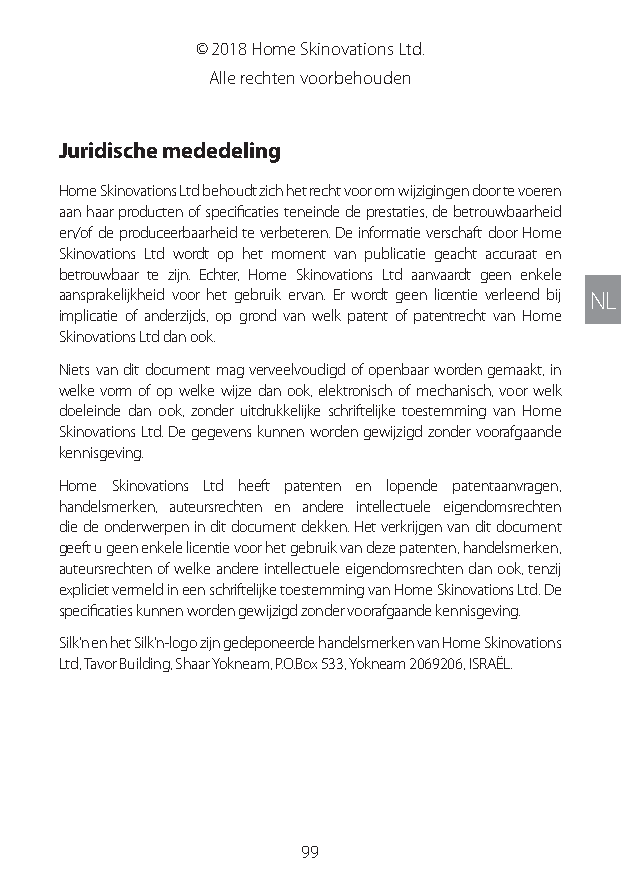
© 2018 Home Skinovations Ltd.
 Alle rechten voorbehouden
 Juridische mededeling
 Home Skinovations Ltd behoudt zich het recht voor om wijzigingen door te voeren
 aan haar producten of specificaties teneinde de prestaties, de betrouwbaarheid
 en/of de produceerbaarheid te verbeteren. De informatie verschaft door Home
 Skinovations Ltd wordt op het moment van publicatie geacht accuraat en
 betrouwbaar te zijn. Echter, Home Skinovations Ltd aanvaardt geen enkele
 aansprakelijkheid voor het gebruik ervan. Er wordt geen licentie verleend bij NL
 implicatie of anderzijds, op grond van welk patent of patentrecht van Home
 Skinovations Ltd dan ook.
 Niets van dit document mag verveelvoudigd of openbaar worden gemaakt, in
 welke vorm of op welke wijze dan ook, elektronisch of mechanisch, voor welk
 doeleinde dan ook, zonder uitdrukkelijke schriftelijke toestemming van Home
 Skinovations Ltd. De gegevens kunnen worden gewijzigd zonder voorafgaande
 kennisgeving.
 Home Skinovations Ltd heeft patenten en lopende patentaanvragen,
 handelsmerken, auteursrechten en andere intellectuele eigendomsrechten
 die de onderwerpen in dit document dekken. Het verkrijgen van dit document
 geeft u geen enkele licentie voor het gebruik van deze patenten, handelsmerken,
 auteursrechten of welke andere intellectuele eigendomsrechten dan ook, tenzij
 expliciet vermeld in een schriftelijke toestemming van Home Skinovations Ltd. De
 specificaties kunnen worden gewijzigd zonder voorafgaande kennisgeving.
 Silk’n en het Silk’n-logo zijn gedeponeerde handelsmerken van Home Skinovations
 Ltd, Tavor Building, Shaar Yokneam, P.O.Box 533, Yokneam 2069206, ISRAËL.
 99
 Lipo UM EU124 3545B inside ALL EU124 ED296-24 release.indd 99 14/08/2018 10:57:38